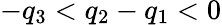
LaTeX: -q_{3}<q_{2}-q_{1}<0